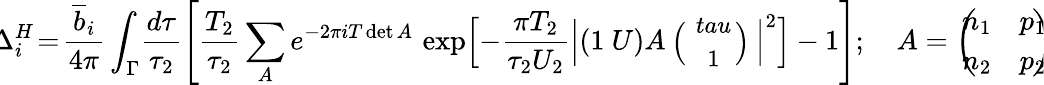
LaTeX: \! \! \Delta_{i}^{H}\! =\! \frac{\overline{{{b}}}_{i}}{4\pi}\int_{\Gamma}\! \frac{d\tau}{\tau_{2}}\left[\frac{T_{2}}{\tau_{2}}\sum_{A}e^{-2\pi iT\operatorname*{det}A}\, \exp\Bigl[{-\frac{\pi T_{2}}{\tau_{2}U_{2}}\Bigl\vert(1~U)A\mathrm{\small~\Bigl(\! \! ~\begin{array}{c}{{~\ tau~}}\\ {{~1}}\end{array}~\! \! \Bigl)~}\Bigr\vert^{2}}\Bigr]-1\right];\quad A=\left(\! \! \! \begin{array}{cc}{{n_{1}}}&{{p_{1}}}\\ {{n_{2}}}&{{p_{2}}}\end{array}\! \! \! \right)\! \!